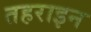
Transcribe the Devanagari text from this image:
तहराइन